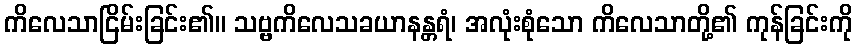
ကိလေသာငြိမ်းခြင်း၏။ သဗ္ဗကိလေသခယာနန္တရံ၊ အလုံးစုံသော ကိလေသာတို့၏ ကုန်ခြင်းကို